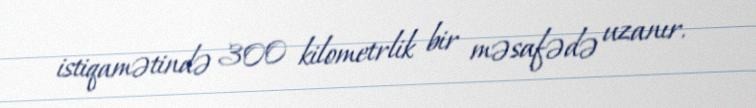
istiqamətində 300 kilometrlik bir məsafədə uzanır.